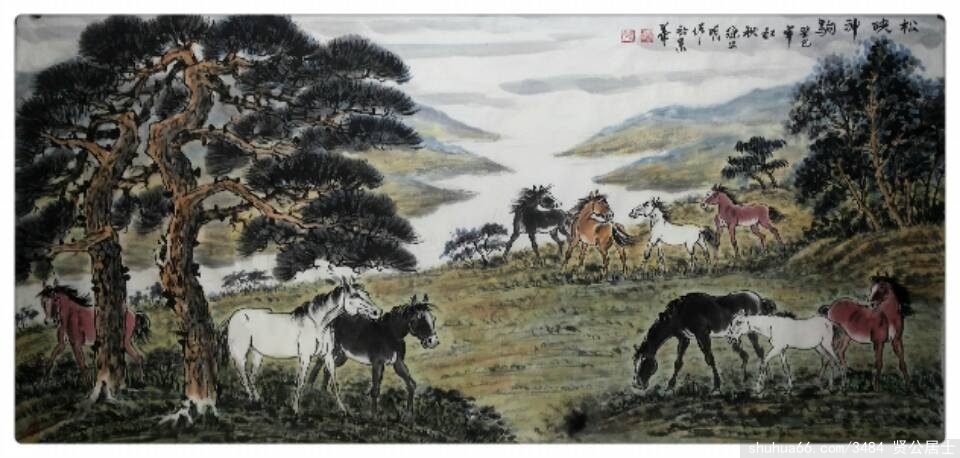
白雪关山远，黄云海戍迷。